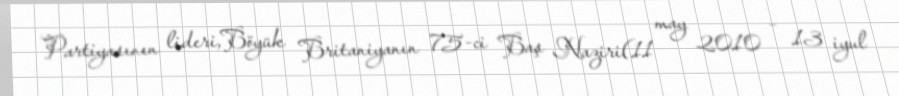
Partiyasının lideri,Böyük Britaniyanın 75-ci Baş Naziri(11 may 2010 – 13 iyul